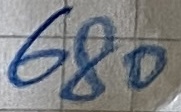
Text: 680